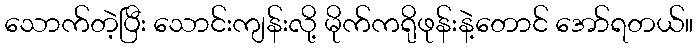
သောက်တဲ့ပြီး သောင်းကျန်းလို့ မိုက်ကရိုဖုန်းနဲ့တောင် အော်ရတယ်။